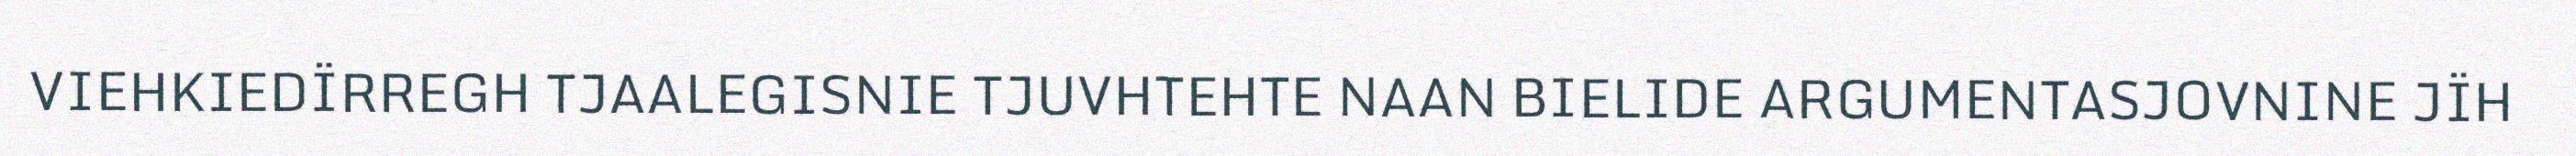
VIEHKIEDÏRREGH TJAALEGISNIE TJUVHTEHTE NAAN BIELIDE ARGUMENTASJOVNINE JÏH